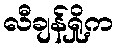
လီချန်ရှို့က